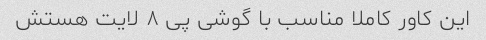
این کاور کاملا مناسب با گوشی پی ۸ لایت هستش